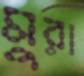
মুরা